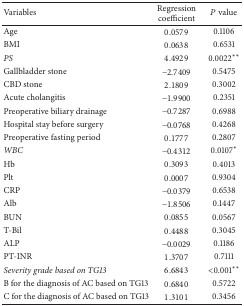
<table><thead><tr><td><b>Variables</b></td><td><b>Regression coefficient</b></td><td><b><i>P</i> value</b></td></tr></thead><tbody><tr><td>Age</td><td>0.0579</td><td>0.1106</td></tr><tr><td>BMI</td><td>0.0638</td><td>0.6531</td></tr><tr><td><i>PS</i></td><td>4.4929</td><td> 0.0022<sup><i>∗∗</i></sup></td></tr><tr><td>Gallbladder stone</td><td>−2.7409</td><td>0.5475</td></tr><tr><td>CBD stone</td><td>2.1809</td><td>0.3002</td></tr><tr><td>Acute cholangitis</td><td>−1.9900</td><td>0.2351</td></tr><tr><td>Preoperative biliary drainage</td><td>−0.7287</td><td>0.6988</td></tr><tr><td>Hospital stay before surgery</td><td>−0.0768</td><td>0.4268</td></tr><tr><td>Preoperative fasting period</td><td>0.1777</td><td>0.2807</td></tr><tr><td><i>WBC</i></td><td>−0.4312</td><td> 0.0107<sup><i>∗</i></sup></td></tr><tr><td>Hb</td><td>0.3093</td><td>0.4013</td></tr><tr><td>Plt</td><td>0.0007</td><td>0.9304</td></tr><tr><td>CRP</td><td>−0.0379</td><td>0.6538</td></tr><tr><td>Alb</td><td>−1.8506</td><td>0.1447</td></tr><tr><td>BUN</td><td>0.0855</td><td>0.0567</td></tr><tr><td>T-Bil</td><td>0.4488</td><td>0.3045</td></tr><tr><td>ALP</td><td>−0.0029</td><td>0.1186</td></tr><tr><td>PT-INR</td><td>1.3707</td><td>0.7111</td></tr><tr><td><i>Severity grade based on TG13</i></td><td>6.6843</td><td>&lt;0.001<sup><i>∗∗</i></sup></td></tr><tr><td>B for the diagnosis of AC based on TG13</td><td>0.6840</td><td>0.5722</td></tr><tr><td>C for the diagnosis of AC based on TG13</td><td>1.3101</td><td>0.3456</td></tr></tbody></table>